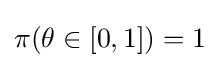
\pi (\theta \in [0,1])=1